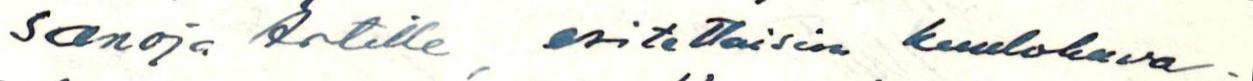
sanoja Artille, esitettäisiin kuulokuva-